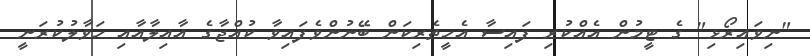
"ނިވައިރޯޅި" ގެ ޓީމުން އެއްކުރި ފައިސާ އެހީތެރިކަން ބޭނުންވެފައިވާ ކުއްޖާގެ އާއިލާއާއި ހަވާލުކުރަނީ